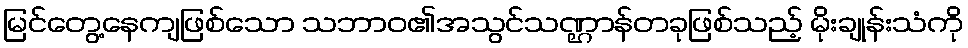
မြင်တွေ့နေကျဖြစ်သော သဘာဝ၏အသွင်သဏ္ဌာန်တခုဖြစ်သည့် မိုးချုန်းသံကို